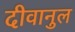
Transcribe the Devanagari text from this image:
दीवानुल